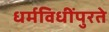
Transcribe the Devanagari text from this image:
धर्मविधींपुरते